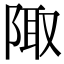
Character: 陬